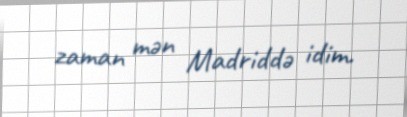
zaman mən Madriddə idim.